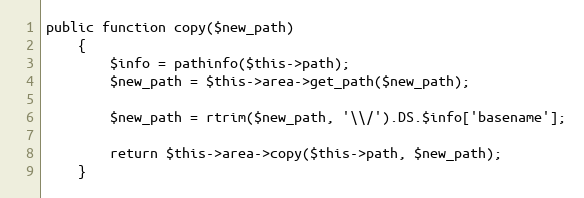
Language: PHP
public function copy($new_path)
	{
		$info = pathinfo($this->path);
		$new_path = $this->area->get_path($new_path);

		$new_path = rtrim($new_path, '\\/').DS.$info['basename'];

		return $this->area->copy($this->path, $new_path);
	}